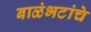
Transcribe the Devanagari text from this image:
बाळंभटांचे